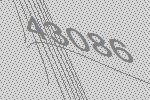
43086